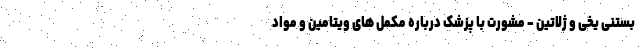
بستنی یخی و ژلاتین - مشورت با پزشک درباره مکمل های ویتامین و مواد